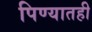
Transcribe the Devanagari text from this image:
पिण्यातही